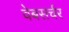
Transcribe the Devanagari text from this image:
वेबसर्चर